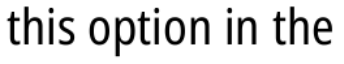
this option in the